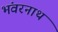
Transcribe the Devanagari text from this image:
भंवरनाथ